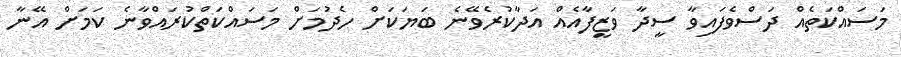
މަސައްކަތެއް ދަސްވެފައިވާ ސީދާ ވަޒީފާއެއް އަދާކުރެވޭނެ ބަޔަކަށް ހެދުމަށް މަސައްކަތްކުރައްވާނެ ކަމަށް އޭނާ